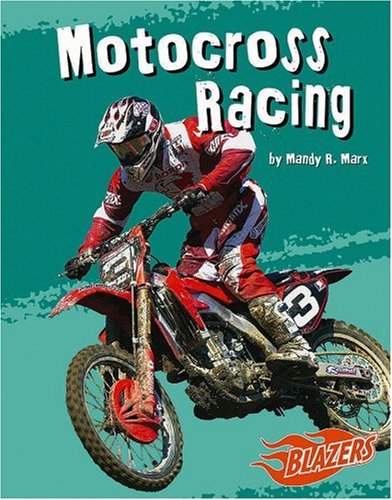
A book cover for Motocross Racing (To the Extreme); Mandy R. Marx; Sports & Outdoors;